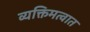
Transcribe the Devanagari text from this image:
व्यक्तिमत्वात